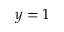
y = 1